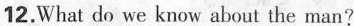
12.What do we know about the man?